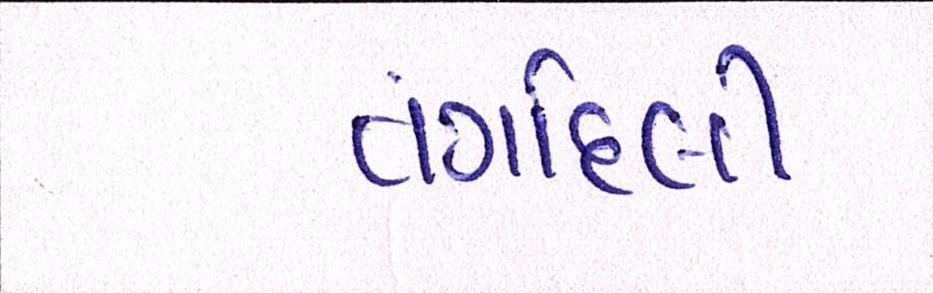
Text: તંગદિલી